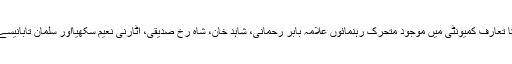
سفیر پاکستان کا تعارف کمیونٹی میں موجود متحرک رہنمائوں علامہ بابر رحمانی، شاہد خان، شاہ رخ صدیقی، اٹارنی نعیم سکھیااور سلمان تابانیسے بھی کرایا گیا۔